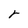
Character: r